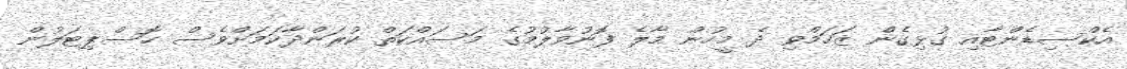
އެކްސިޑެންޓާއި ގުޅިގެން ޒަހަމްވި ދެ މީހުން މާލެ ފޮނުވާލުމުގެ މަސައްކަތް ކުރަންދާކަމަށްވެސް ހޮސްޕިޓަލުން